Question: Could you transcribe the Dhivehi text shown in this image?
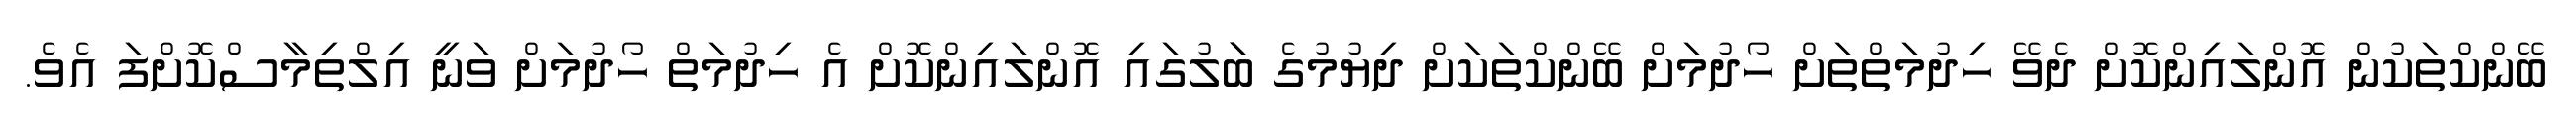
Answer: ބޭންކްތަކުން އޮންލައިންކޮށް ދެވޭ ހިދުމަތްތަށް ހޯދުމަށް ބޭންކްތަކަށް ދިޔުމުގެ ބަަލުގައި އޮންލައިންކޮށް އެ ހިދުމަތް ހޯދުމަށް ވަނީ އިލްތިމާސްކޮށްފަ އެވެ.